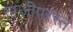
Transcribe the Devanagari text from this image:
नाजीपरस्त